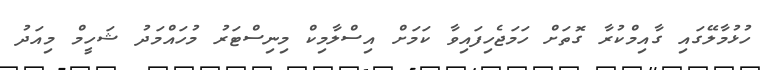
ހުޅުމާލޭގައި ގާއިމްކުރާ ގޮތަށް ހަމަޖެހިފައިވާ ކަމަށް އިސްލާމިކް މިނިސްޓަރު މުހައްމަދު ޝަހީމް މިއަދު